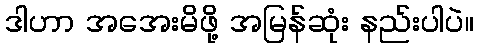
ဒါဟာ အအေးမိဖို့ အမြန်ဆုံး နည်းပါပဲ။